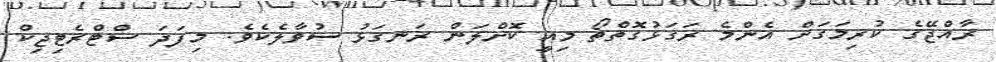
ރާއްޖޭގެ ކުރިމަގަށް އެންމެ ރަގަޅުގޮތްތޯ މިއީ ކޮށްލަން ރަނގަޅު ސުވާލެކެވެ. މިފަދަ ސްޓްރެޓިޖިކް